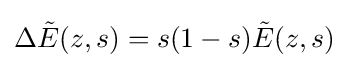
\Delta {\tilde {E}}(z,s)=s(1-s){\tilde {E}}(z,s)